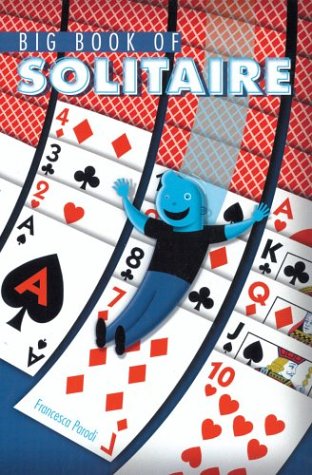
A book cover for Big Book of Solitaire; Humor & Entertainment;